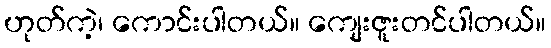
ဟုတ်ကဲ့၊ ကောင်းပါတယ်။ ကျေးဇူးတင်ပါတယ်။